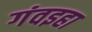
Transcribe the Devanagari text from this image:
गंवइहा